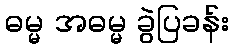
ဓမ္မ အဓမ္မ ခွဲပြခန်း